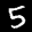
Label: 5